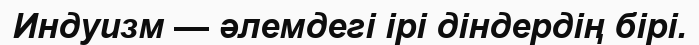
Индуизм — әлемдегі ірі діндердің бірі.